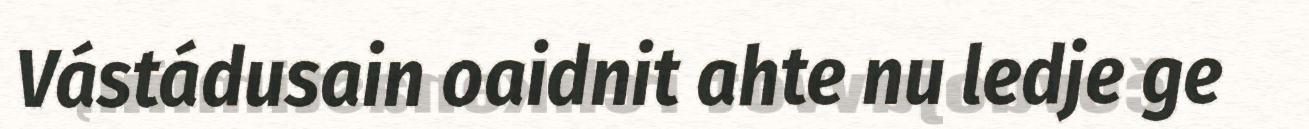
Vástádusain oaidnit ahte nu ledje ge